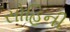
સોહિની